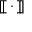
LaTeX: [ \! [ \, \cdot \, ] \! ] \!